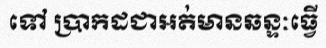
ទៅ ប្រាកដជាអត់មានឆន្ទៈធ្វើ